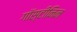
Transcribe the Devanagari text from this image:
गॉस्टीनिन